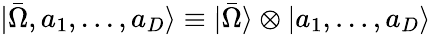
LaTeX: |\bar{\Omega},a_{1},...,a_{D}\rangle\equiv|\bar{\Omega}\rangle\otimes|a_{1},...,a_{D}\rangle